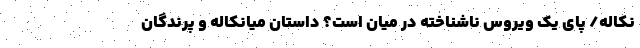
نکاله/ پای یک ویروس ناشناخته در میان است؟ داستان میانکاله و پرندگان